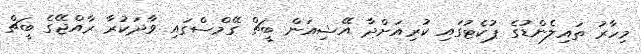
މިހާރު ތައިލެންޑުގެ ޕުކެޓުގައި ކުރިއަށްދާ އޭޝިއަން ބީޗް ގޭމްސްގައި ވާދަކުރާ ރާއްޖޭގެ ބީޗް